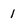
Character: 1